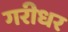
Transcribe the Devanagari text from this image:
गरीधर